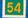
54